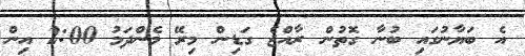
އެ ބަޔާނުގައި ބުނާ ގޮތުން ރާއްޖެ ގަޑިން މިރޭ މެންދަމު 2:00 އިން